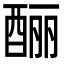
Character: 酾